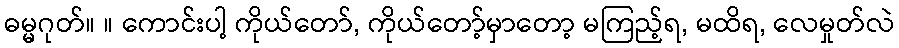
ဓမ္မဂုတ်။ ။ ကောင်းပါ့ ကိုယ်တော်, ကိုယ်တော့်မှာတော့ မကြည့်ရ, မထိရ, လေမှုတ်လဲ